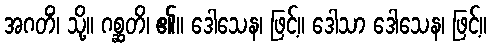
အဂတိံ၊ သို့။ ဂစ္ဆတိ၊ ၏။ ဒေါသေန၊ ဖြင့်။ ဒေါသာ ဒေါသေန၊ ဖြင့်။